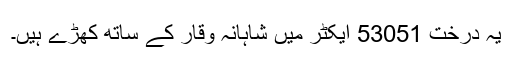
یہ درخت 53051 ایکٹر میں شاہانہ وقار کے ساتھ کھڑے ہیں۔